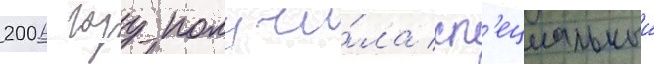
2006 году получи́ла сп'ециальныи